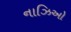
નાઝિઓ